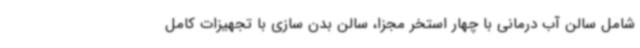
شامل سالن آب درمانی با چهار استخر مجزا، سالن بدن سازی با تجهیزات کامل